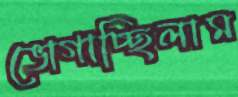
ভোগাচ্ছিলাম